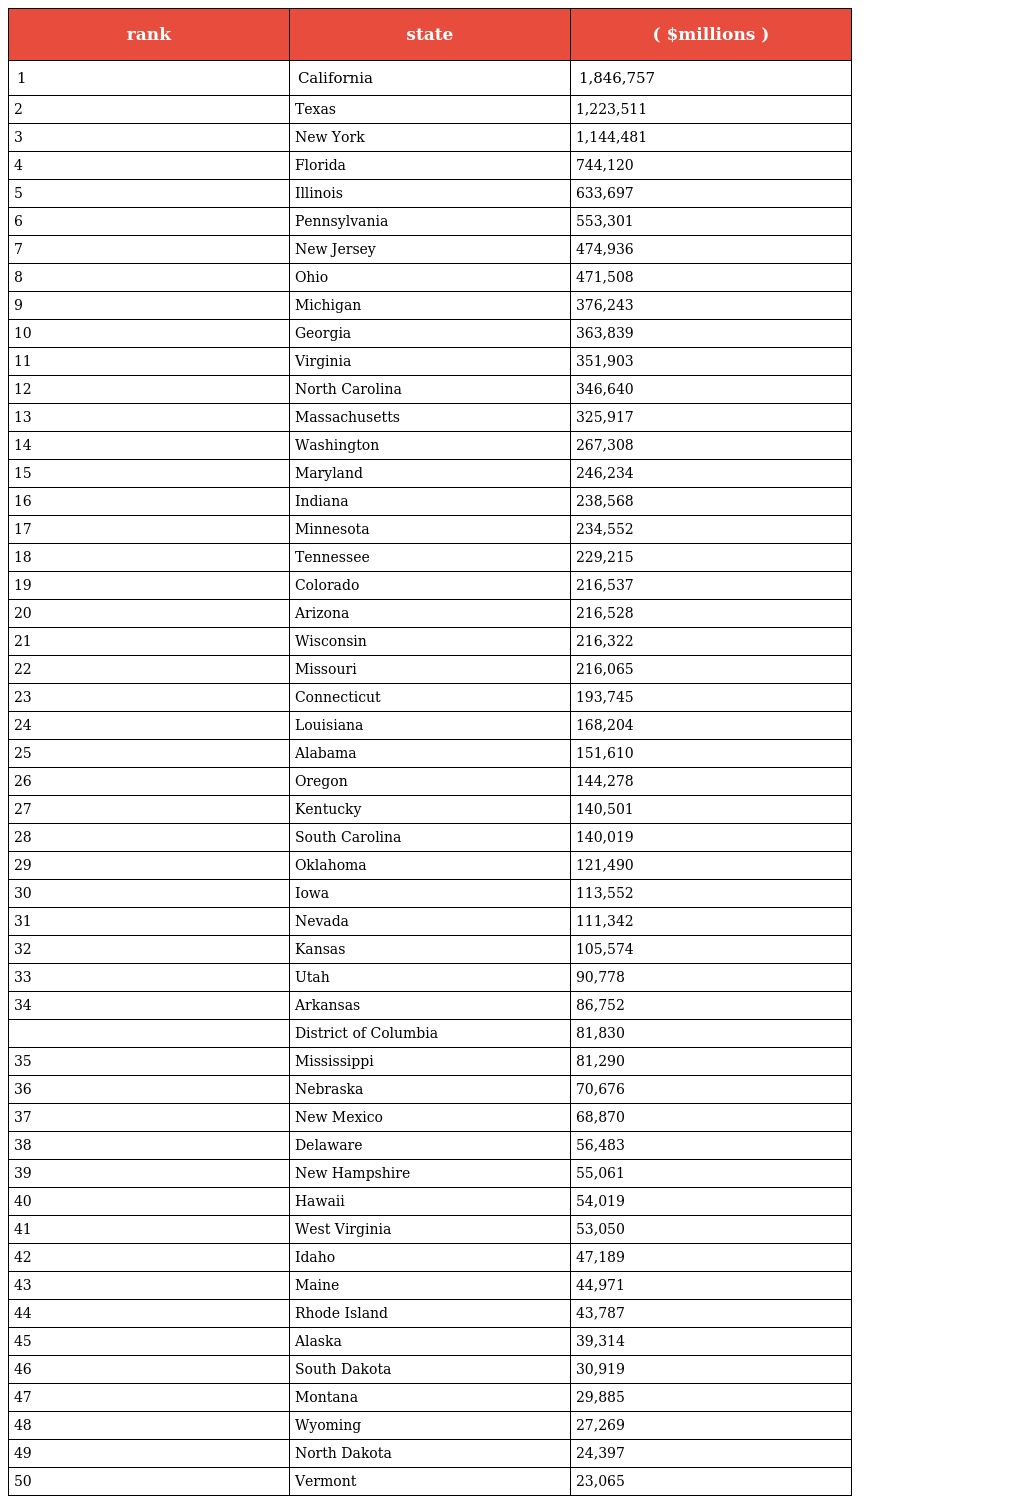
| rank | state | ( $millions ) |
 | --- | --- | --- |
 | 1 | California | 1,846,757 |
 | 2 | Texas | 1,223,511 |
 | 3 | New York | 1,144,481 |
 | 4 | Florida | 744,120 |
 | 5 | Illinois | 633,697 |
 | 6 | Pennsylvania | 553,301 |
 | 7 | New Jersey | 474,936 |
 | 8 | Ohio | 471,508 |
 | 9 | Michigan | 376,243 |
 | 10 | Georgia | 363,839 |
 | 11 | Virginia | 351,903 |
 | 12 | North Carolina | 346,640 |
 | 13 | Massachusetts | 325,917 |
 | 14 | Washington | 267,308 |
 | 15 | Maryland | 246,234 |
 | 16 | Indiana | 238,568 |
 | 17 | Minnesota | 234,552 |
 | 18 | Tennessee | 229,215 |
 | 19 | Colorado | 216,537 |
 | 20 | Arizona | 216,528 |
 | 21 | Wisconsin | 216,322 |
 | 22 | Missouri | 216,065 |
 | 23 | Connecticut | 193,745 |
 | 24 | Louisiana | 168,204 |
 | 25 | Alabama | 151,610 |
 | 26 | Oregon | 144,278 |
 | 27 | Kentucky | 140,501 |
 | 28 | South Carolina | 140,019 |
 | 29 | Oklahoma | 121,490 |
 | 30 | Iowa | 113,552 |
 | 31 | Nevada | 111,342 |
 | 32 | Kansas | 105,574 |
 | 33 | Utah | 90,778 |
 | 34 | Arkansas | 86,752 |
 |  | District of Columbia | 81,830 |
 | 35 | Mississippi | 81,290 |
 | 36 | Nebraska | 70,676 |
 | 37 | New Mexico | 68,870 |
 | 38 | Delaware | 56,483 |
 | 39 | New Hampshire | 55,061 |
 | 40 | Hawaii | 54,019 |
 | 41 | West Virginia | 53,050 |
 | 42 | Idaho | 47,189 |
 | 43 | Maine | 44,971 |
 | 44 | Rhode Island | 43,787 |
 | 45 | Alaska | 39,314 |
 | 46 | South Dakota | 30,919 |
 | 47 | Montana | 29,885 |
 | 48 | Wyoming | 27,269 |
 | 49 | North Dakota | 24,397 |
 | 50 | Vermont | 23,065 |